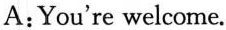
A:You're welcome.